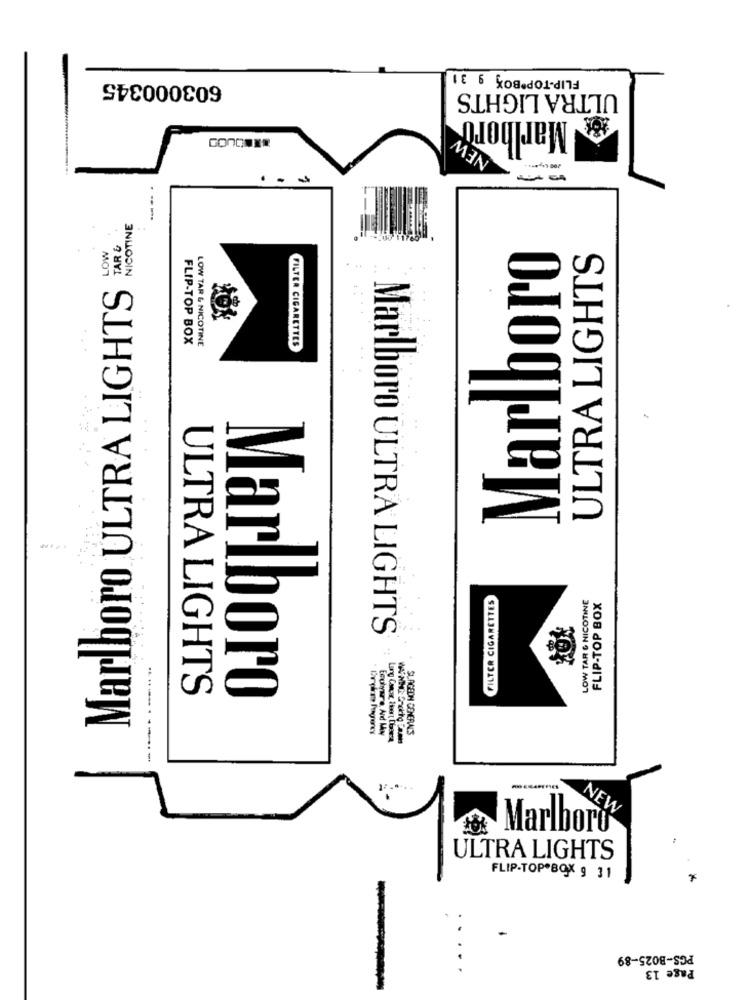
FLIP-TOP BOX 9 31
603000345
ULTRA LIGHTS
Marlboro
NEW
...
NICOTINE
TAR &
LOW
Marlboro
ULTRA LIGHTS
Marlboro ULTRA LIGHTS
FLIP-TOP BOX
LOW TAR & NICOTINE
FILTER CIGARETTES
---
FILTER CIGARETTES
LOW TAR & NICOTINE
FLIP-TOP BOX
Marlboro ULTRA LIGHTS
ULTRA LIGHTS
Marlboro
Eoulyare Ad M
Lung Cancer, Itert Ubersa
NEW
Marlboro
ULTRA LIGHTS
FLIP-TOP BOX 9 31
PGS-B025-89
Page 13